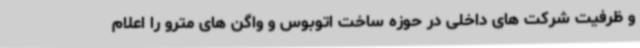
و ظرفیت شرکت های داخلی در حوزه ساخت اتوبوس و واگن های مترو را اعلام